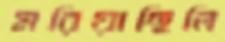
মরিয়াছিলি